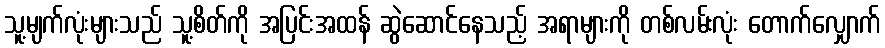
သူ့မျက်လုံးများသည် သူ့စိတ်ကို အပြင်းအထန် ဆွဲဆောင်နေသည့် အရာများကို တစ်လမ်းလုံး တောက်လျှောက်